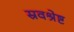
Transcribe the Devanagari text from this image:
स्रवश्रेष्ट